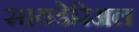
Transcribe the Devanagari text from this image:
सायडेरिअल